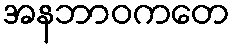
အနဘာဝကတေ